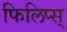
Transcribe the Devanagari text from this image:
फिलिप्स्